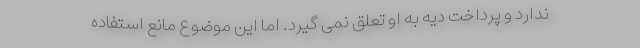
ندارد و پرداخت دیه به او تعلق نمی گیرد. اما این موضوع مانع استفاده